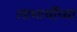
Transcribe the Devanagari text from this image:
लाभार्थींच्या